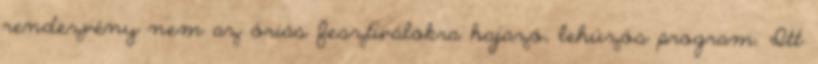
rendezvény nem az óriás fesztiválokra hajazó, lehúzós program. Itt